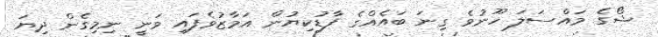
ޝޯގެ މައްސަލަ ހޫނުވެ ގިނަ ބައެއްގެ ފާޑުކިޔުން އަމާޒުވެފައި ވަނީ ނިމިގެން ދިޔަ